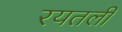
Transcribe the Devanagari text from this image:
रयतली